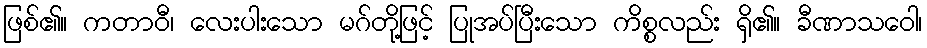
ဖြစ်၏။ ကတာဝီ၊ လေးပါးသော မဂ်တို့ဖြင့် ပြုအပ်ပြီးသော ကိစ္စလည်း ရှိ၏။ ခီဏာသဝေါ၊